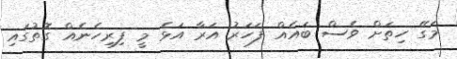
މަގޭ ހިތަށް ވެސް ބައެއް ފަހަރު އަރާ އަޅެ މީ ފިރިހެނެއް ގޮތުގައި